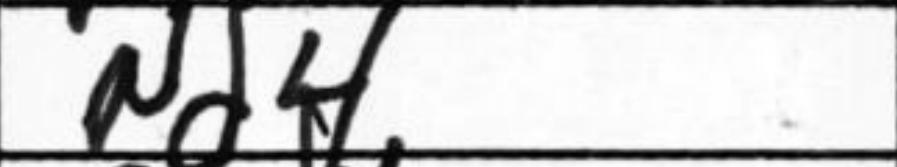
Transcription: Nd4